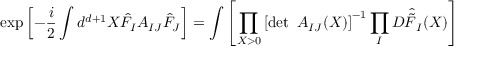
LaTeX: \exp \left[ - \frac { i } { 2 } \int d ^ { d + 1 } X \hat { F } _ { I } A _ { I J } \hat { F } _ { J } \right] = \int \left[ \prod _ { X > 0 } \left[ \operatorname * { d e t } ~ A _ { I J } ( X ) \right] ^ { - 1 } \prod _ { I } { \cal D } \hat { \tilde { F } } _ { I } ( X ) \right]